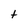
Character: t